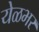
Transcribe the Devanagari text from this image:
येळभर